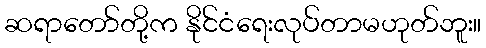
ဆရာတော်တို့က နိုင်ငံရေးလုပ်တာမဟုတ်ဘူး။